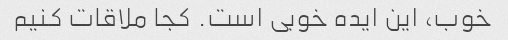
خوب، این ایده خوبی است. کجا ملاقات کنیم